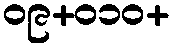
၀၉+၀၁၀+